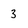
Character: 3